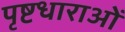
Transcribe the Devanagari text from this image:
पृष्टधाराओं